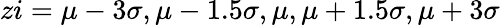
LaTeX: zi=\mu-3\sigma,\mu-1.5\sigma,\mu,\mu+1.5\sigma,\mu+3\sigma